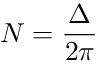
N = { \frac { \Delta } { 2 \pi } }